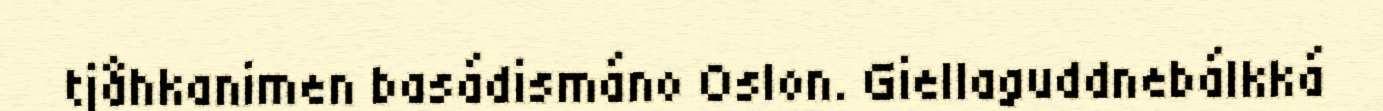
tjåhkanimen basádismáno Oslon. Giellaguddnebálkká